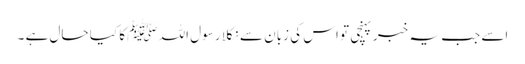
اسے جب یہ خبر پہنچی تو اس کی زبان سے نکلا رسول اللہ ﷺ کا کیا حال ہے ۔